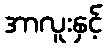
အာလူးနှင့်